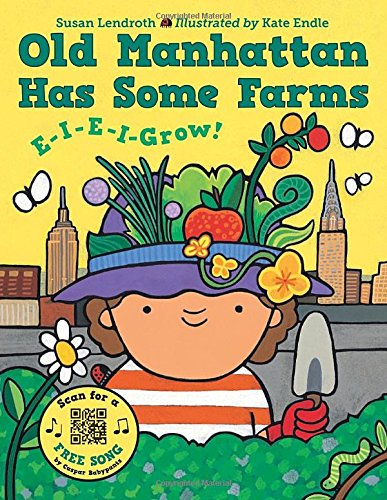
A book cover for Old Manhattan Has Some Farms; Susan Lendroth; Children's Books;